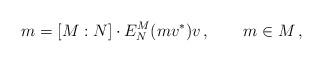
LaTeX: \begin{align*}m=[M:N] \cdot E^M_N(mv^*)v \,, \qquad m\in M\,,\end{align*}